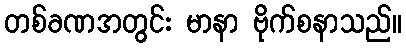
တစ်ခဏအတွင်း မာနာ ဗိုက်စနာသည်။